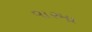
વારમા